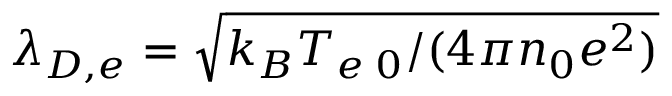
\lambda _ { D , e } = \sqrt { k _ { B } T _ { e \; 0 } / ( 4 \pi n _ { 0 } e ^ { 2 } ) }